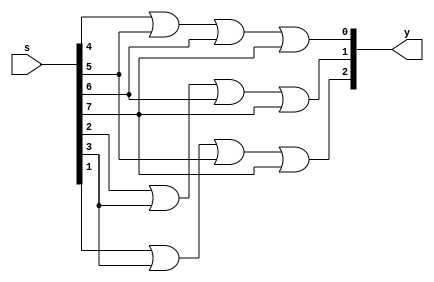
`timescale 1ns / 1ps
//////////////////////////////////////////////////////////////////////////////////
// Company: 
// Engineer: 
// 
// Design Name: 
// Module Name: Octal_to_binary_Encoder
// Project Name: 
// Target Devices: 
// Tool Versions: 
// Description: 
// 
// Dependencies: 
// 
// Revision:
// Revision 0.01 - File Created
// Additional Comments:
// 
//////////////////////////////////////////////////////////////////////////////////


module Octal_to_binary_Encoder(input [7:0]s,output [2:0]y);
or(y[0],s[4],s[5],s[6],s[7]);
or(y[1],s[2],s[3],s[6],s[7]);
or(y[2],s[1],s[3],s[5],s[7]);
endmodule